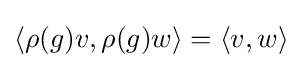
\langle \rho (g)v,\rho (g)w\rangle =\langle v,w\rangle